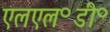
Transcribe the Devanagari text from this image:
एलएल॰डी॰